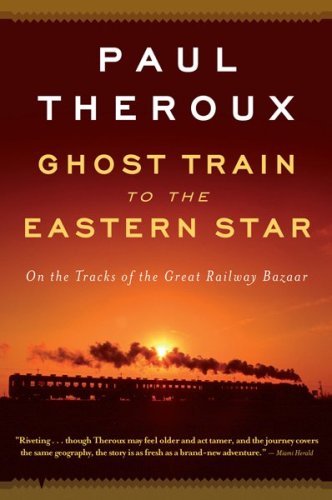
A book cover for Ghost Train to the Eastern Star: On the Tracks of the Great Railway Bazaar; Paul Theroux; Engineering & Transportation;